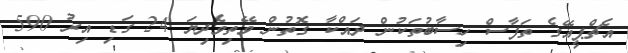
އެޗްޕީއޭގެ ތަފާސް ހިސާބުތަކުން ދައްކާ ގޮތުން ވޭތިވެދިޔަ 24 ގަޑި އިރު 590